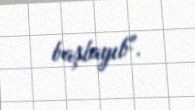
başlayıb".